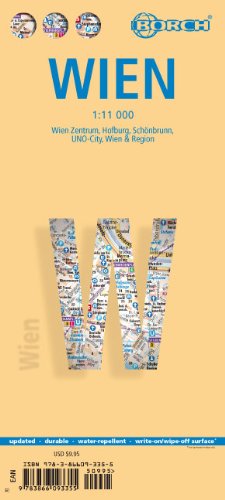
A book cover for Laminated Vienna City Streets Map by Borch (English Edition); Borch; Travel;